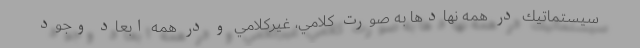
سيستماتيك در همه نهادها به صورت كلامي، غيركلامي و در همه ابعاد وجود